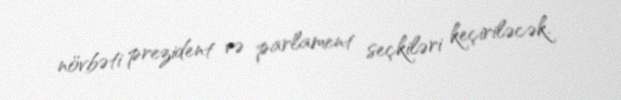
növbəti prezident və parlament seçkiləri keçiriləcək.